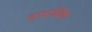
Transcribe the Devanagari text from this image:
वाघबिळ